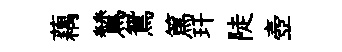
藕鷥鴛篤玕陡壺